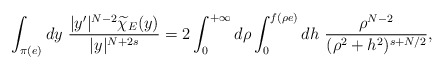
\begin{align*}\int_{\pi(e)} dy \ \frac{|y'|^{N-2} \widetilde\chi_E(y)}{|y|^{N+2s}}=2\int_0^{+\infty}d\rho\int_{0}^{f(\rho e)} dh \ \frac{\rho^{N-2} }{(\rho^2+h^2)^{s+N/2}},\end{align*}